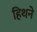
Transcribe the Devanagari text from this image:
हिथने